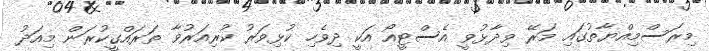
މިރަސްމިއްޔާތުގައި މަރޭ ވިދާޅުވީ އެސްޓީއޯ އަކީ ދިވެހި ކުޅިވަރު ކުރިއަރުވާ ތަރައްގީކުރަން މިއަދު